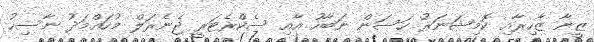
ޒީނާ ޒާހިރާއި ކޮމިޝަނަރު ހަސަން ނަބާހު އާއި ސެކްރެޓަރީ ޖެނެރަލް މުހައްމަދު ނާސިހު